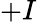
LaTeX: +I